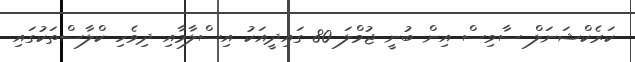
ކަރެކްޝަނަލް ސާވިސް އިން ބުނީ ޖުމްލަ 80 ގައިދީއަކު އިސްލާމާއި ދިވެހި ކްލާސްތަކުގައި